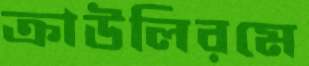
ক্রাউলিরমে